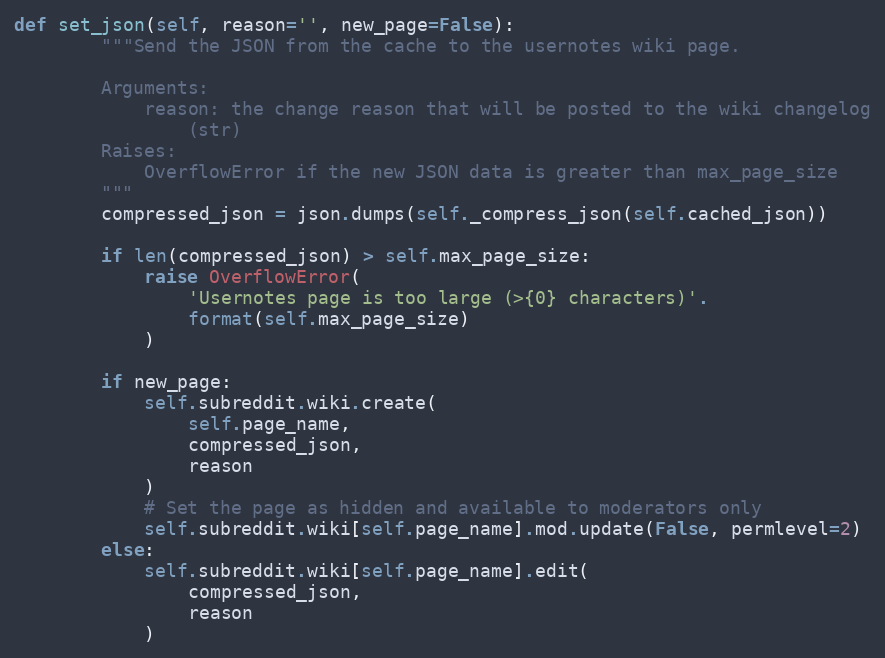
Language: Python
def set_json(self, reason='', new_page=False):
        """Send the JSON from the cache to the usernotes wiki page.

        Arguments:
            reason: the change reason that will be posted to the wiki changelog
                (str)
        Raises:
            OverflowError if the new JSON data is greater than max_page_size
        """
        compressed_json = json.dumps(self._compress_json(self.cached_json))

        if len(compressed_json) > self.max_page_size:
            raise OverflowError(
                'Usernotes page is too large (>{0} characters)'.
                format(self.max_page_size)
            )

        if new_page:
            self.subreddit.wiki.create(
                self.page_name,
                compressed_json,
                reason
            )
            # Set the page as hidden and available to moderators only
            self.subreddit.wiki[self.page_name].mod.update(False, permlevel=2)
        else:
            self.subreddit.wiki[self.page_name].edit(
                compressed_json,
                reason
            )